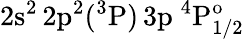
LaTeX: \mathrm{2s^{2}\, 2p^{2}(^{3}P)\, 3p~^{4}P_{1/2}^{o}}